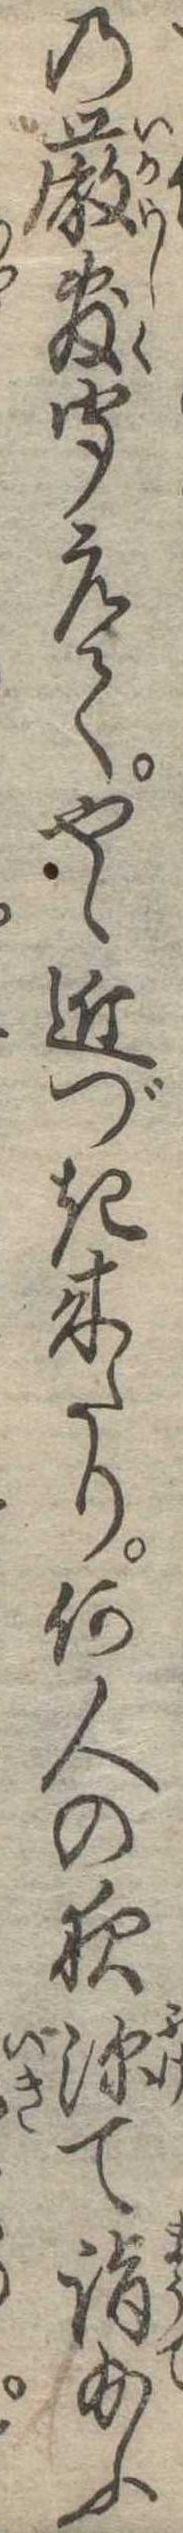
の厳敷聞えてやゝ近づき来たり何人の夜深て詣給ふ